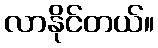
လာနိုင်တယ်။